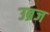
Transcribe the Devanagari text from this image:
उब्रज